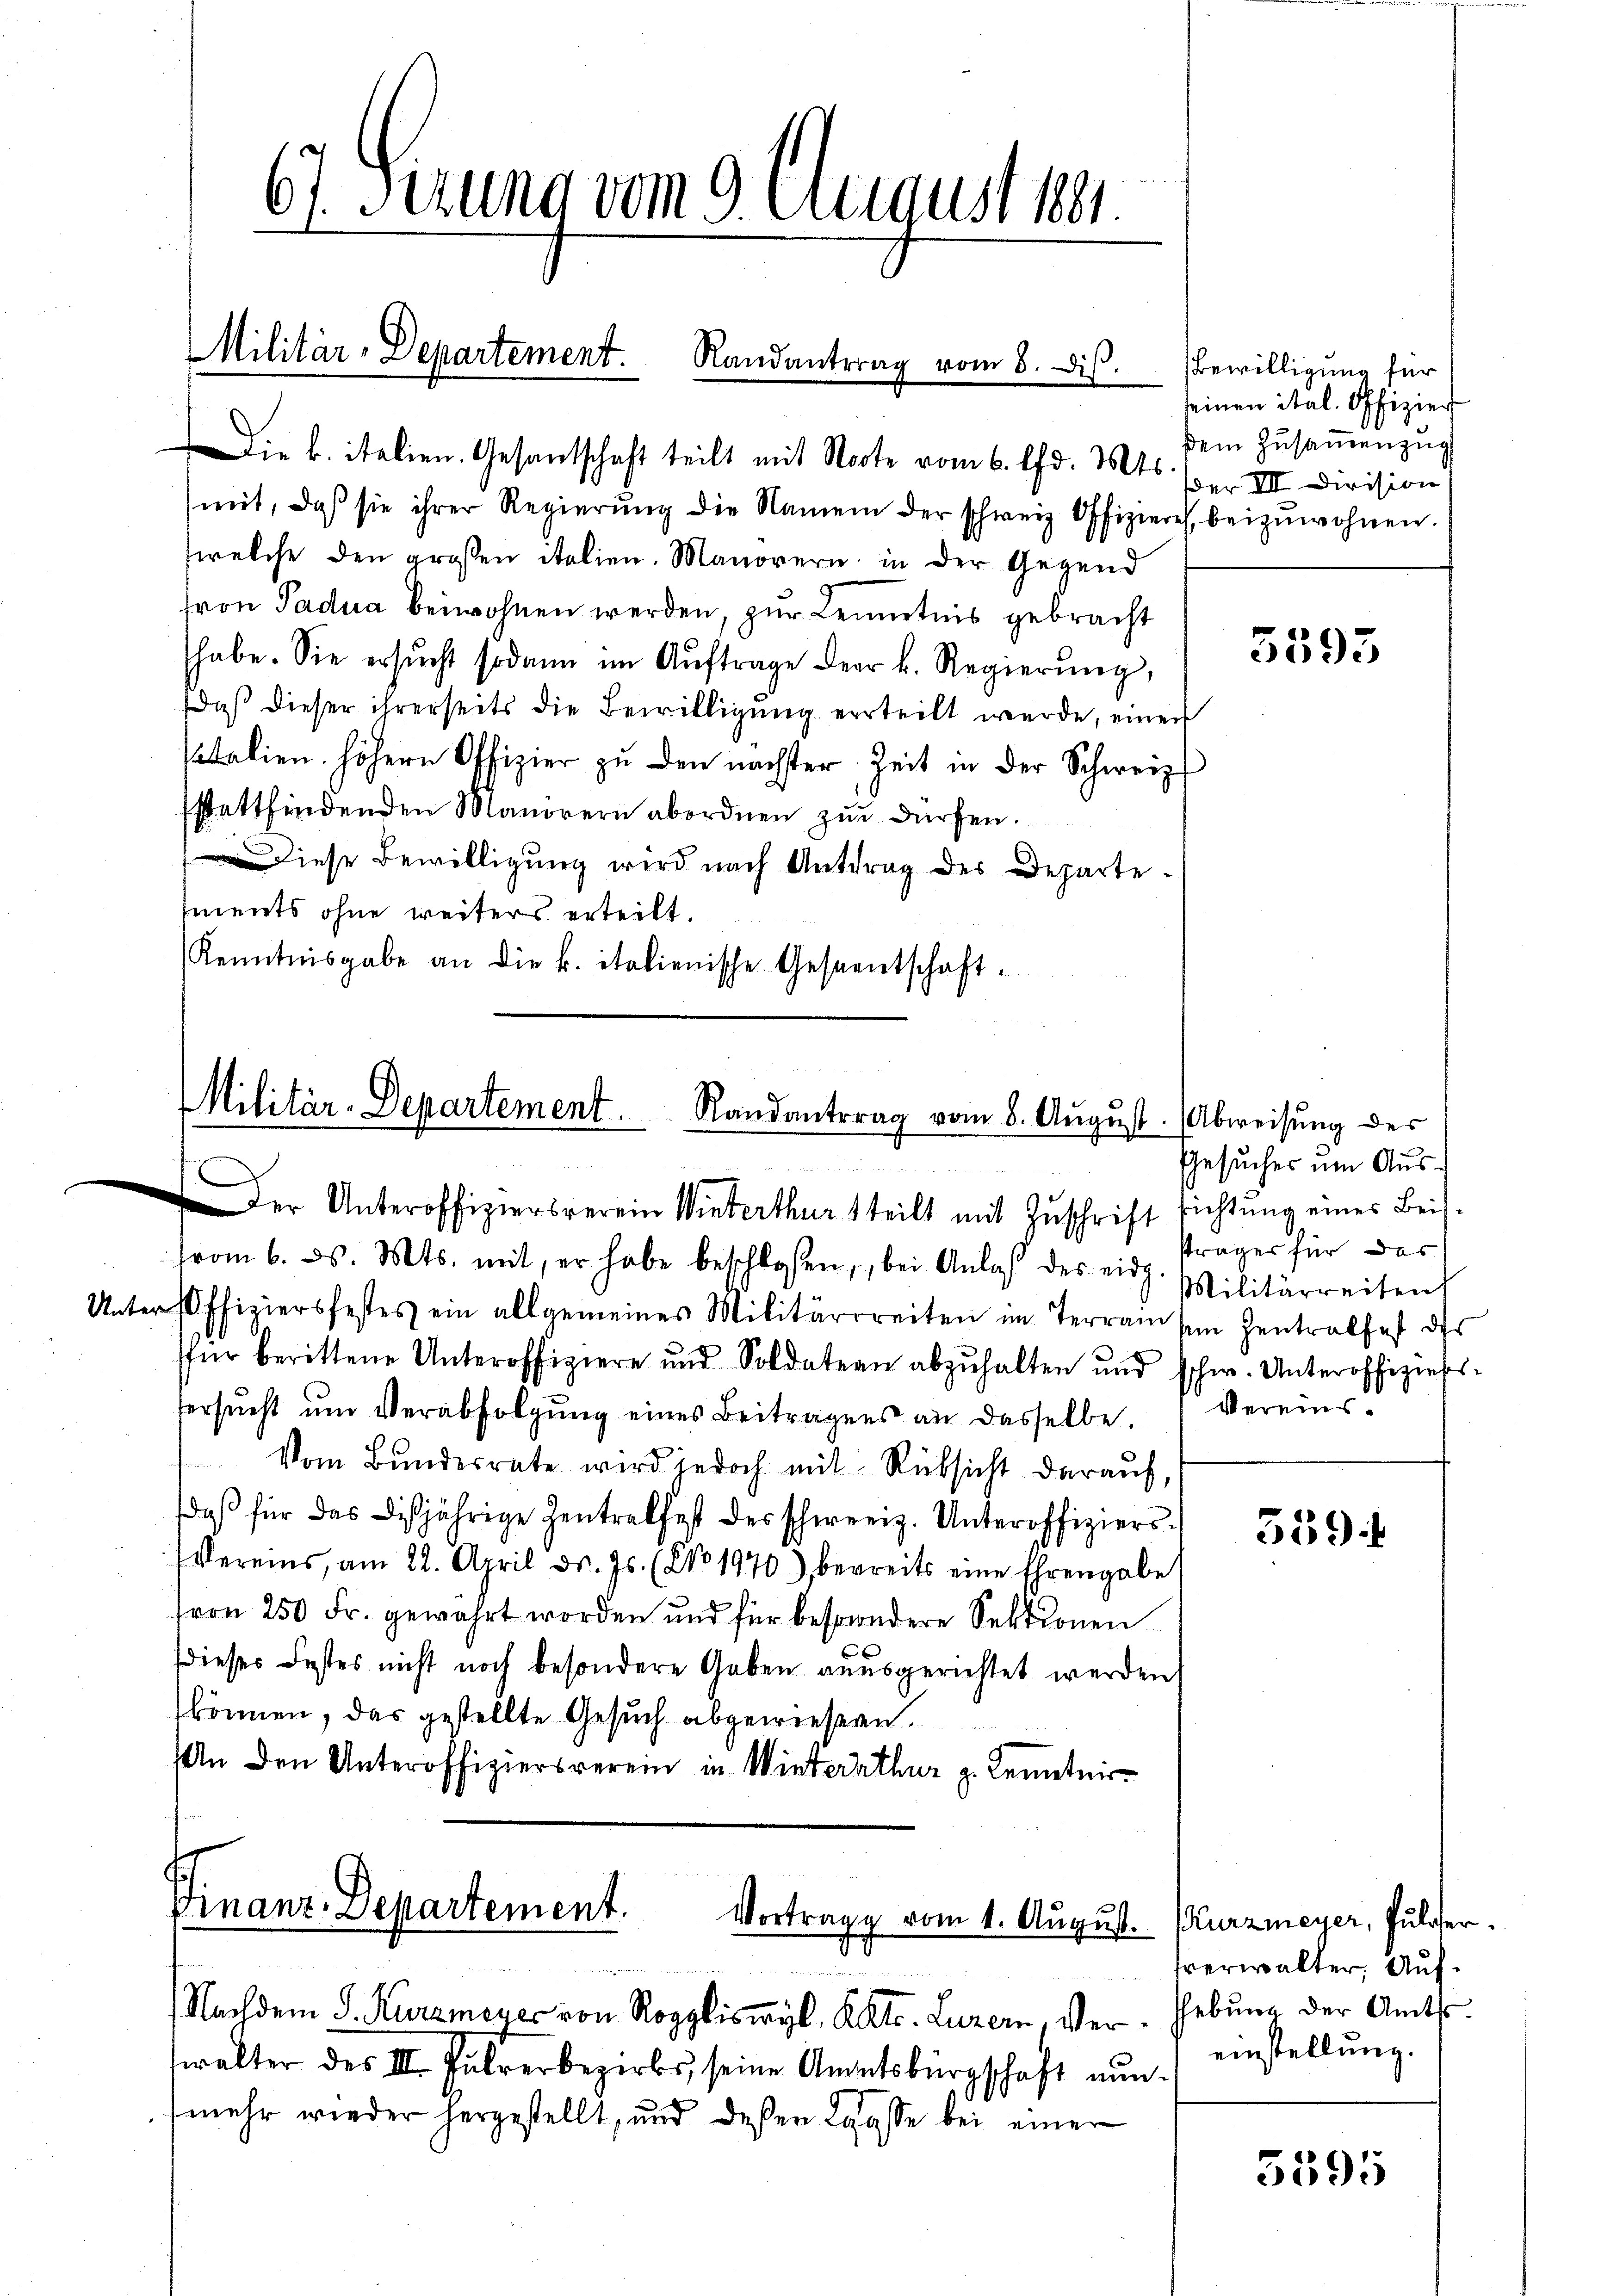
67. Sizung vom 9. August 1881.
Militär-Departement.
Randantrag vom 8. Dis

Die k. italien. Gesandtschaft teilt mit Storte vom 6. d. Mts. er III. Division
mit, daβ sie ihrer Regierŭng die Namen der schweiz. Offizieres, beizuwohnen.
welche den grossen italien. Manorern in der Gegend
ron Padua beiwohnen werden, zur Kenntnis gebracht
habe. Sie ersŭcht sodann im Aŭftrage der k. Regierŭng,
daß dieser ihrerseits die Bewilligung erteilt werde, einen
sitalien höhern Offizier zŭ den nächster Zeit in der Schweiz
sstattfindenden Manörern abordnen zŭr dürfen.
Diese Bewilligŭng wird nach Antrag des Departements ohne weiters erteilt.
Kenntnisgabe an die k. italienische Gesaentschaft.

Militär-Departement. Randantrag vom 8. August. Abweisung der
Der Unteroffiziersverein Winterthur steilt mit Zuschrift richtung eines Beis¬

Finanz-Departement.
Vortrage vom 1. August. Kurzmeyer, Fulter.

Nachdem S. Kurzmeyer von Roggliswyl, Kts. Luzern, Verwalter des II. Pulverbezirks, seine Amtsbürgschaft nunmehr wieder hergestellt, und deßen Laase bei einer

(vom 6. d. Mts. mit, er habe beschlossen, bei Anlaβ des eidg
Unter offiziersfestes ein allgemeines Militärrreiten im Terrain sm Zentralfest des
für berittene Unteroffiziere und Soldatern abzŭhalten und schw. Unteroffiziers-
tersŭcht ŭm Verabfolgŭng eines Beitragens an dasselbe.
Vom Bŭndesrate wird jedoch mit Rücksicht darauf,
daβ für das diesjährige Zentralfest des schweiz. Unteroffiziers-
Vereins, am 22. April d. Js. (No 1970 bereits eine Ehrengabe
(von 250 Fr. gewährt worden und für besondere Sektionen
dieses Festes nicht noch besondere Gaben ausgerichtet werden,
können, das gestellte Gesuch abgewiesern.
An den Unteroffiziersverein in Winterthur z. Kenntnis

Bewilligung für
seinen ital. Offizier
dem Zusammenzug

5593

Gesuches um Aussträger für das
Militärreitens
Vereins!

539.

hverwalter. Auf
Hebung der Amtss
einstellung.

3395